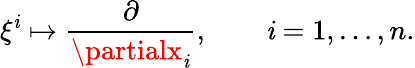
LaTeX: \xi^{\mathit{i}}\mapsto\frac{{\partial}}{{\partialx_{\mathit{i}}}},\qquad\mathit{i}=1,\dots,n.